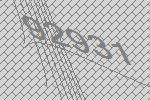
92931